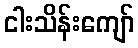
ငါးသိန်းကျော်